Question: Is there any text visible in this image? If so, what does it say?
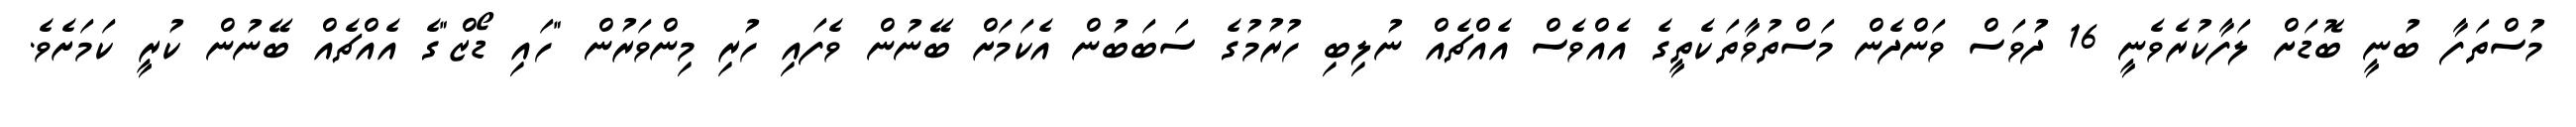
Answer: މުސްތަފާ ބުނީ ބޮޑަށް ލަފާކުރެވެނީ 16 ދުވަސް ވަންދެން މަސްތުވާތަކެތީގެ އެއްވެސް އެއްޗެއް ނުލިބި ހުރުމުގެ ސަބަބުން އެކަމަށް ބޭނުން ވެފައި ހުރި މިންވަރުން "ހައި ޑޯޒް"ގެ އެއްޗެއް ބޭނުން ކުރީ ކަމަށެވެ.